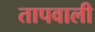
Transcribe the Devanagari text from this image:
तापवाली